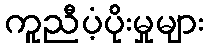
ကူညီပံ့ပိုးမှုများ